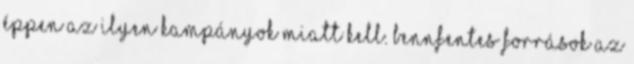
éppen az ilyen kampányok miatt kell. Bennfentes források az